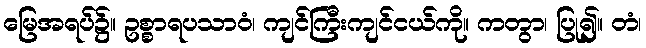
မြေအရပ်၌။ ဥစ္စာရပသာဝံ၊ ကျင်ကြီးကျင်ငယ်ကို။ ကတွာ၊ ပြု၍။ တံ၊